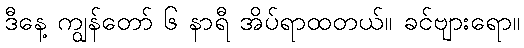
ဒီနေ့ ကျွန်တော် ၆ နာရီ အိပ်ရာထတယ်။ ခင်ဗျားရော။